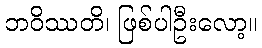
ဘဝိဿတိ၊ ဖြစ်ပါဦးလော့။